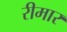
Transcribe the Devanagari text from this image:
रीमार